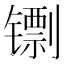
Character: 𬭺